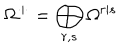
LaTeX: \Omega ^ { \cdot | \cdot } = \bigoplus _ { r , s } \Omega ^ { r | s }